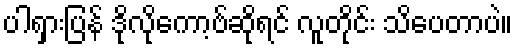
ပါရှားပြန် ဒိုလိုကော့ဗ်ဆိုရင် လူတိုင်း သိပေတာပဲ။